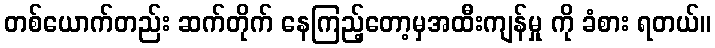
တစ်ယောက်တည်း ဆက်တိုက် နေကြည့်တော့မှအထီးကျန်မှု ကို ခံစား ရတယ်။